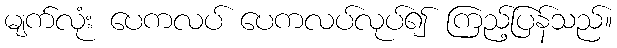
မျက်လုံး ပေကလပ် ပေကလပ်လုပ်၍ ကြည့်ပြန်သည်။